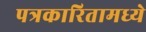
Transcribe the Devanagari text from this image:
पत्रकारितामध्ये